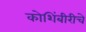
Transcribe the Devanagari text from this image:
कोशिंबीरीचे